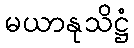
မယာနုသိဋ္ဌံ